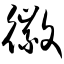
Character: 徽